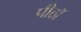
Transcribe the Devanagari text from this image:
पीठॉ